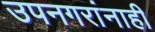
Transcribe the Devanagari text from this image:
उपनगरांनाही